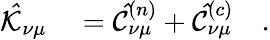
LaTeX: \begin{array}{rl}{\mathcal{\hat{K}}_{\nu\mu}}&{{}=\mathcal{\hat{C}}_{\nu\mu}^{(n)}+\mathcal{\hat{C}}_{\nu\mu}^{(c)}\quad.}\end{array}